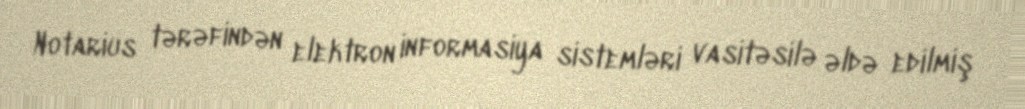
Notarius tərəfindən elektron informasiya sistemləri vasitəsilə əldə edilmiş